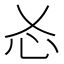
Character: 㣻